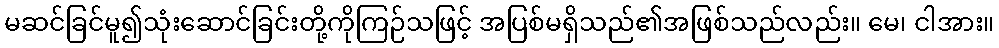
မဆင်ခြင်မူ၍သုံးဆောင်ခြင်းတို့ကိုကြဉ်သဖြင့် အပြစ်မရှိသည်၏အဖြစ်သည်လည်း။ မေ၊ ငါအား။